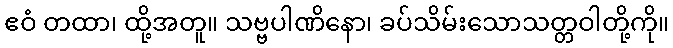
ဧဝံ တထာ၊ ထို့အတူ။ သဗ္ဗပါဏိနော၊ ခပ်သိမ်းသောသတ္တဝါတို့ကို။